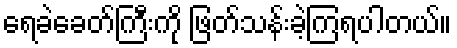
ရေခဲခေတ်ကြီးကို ဖြတ်သန်းခဲ့ကြရပါတယ်။